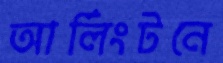
আর্লিংটনে